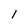
Character: I